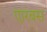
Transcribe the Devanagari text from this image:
एारबस